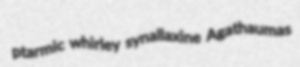
ptarmic whirley synallaxine Agathaumas